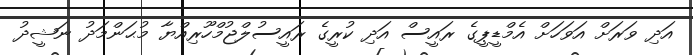
އަދި ވަރަށް އަވަހަށް އެމްޑީޕީގެ ރައީސް އަދި ކުރީގެ ރައީސުލްޖުމްހޫރިއްޔާ މުޙަންމަދު ނަޝީދު